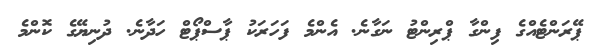
ޕޭރަންޓެއްގެ ފިންގާ ޕްރިންޓު ނަގާނެ. އެންމެ ފަހަރަކު ޕާސްޕޯޓް ހަދާނެ. ދުނިޔޭގެ ކޮންމެ